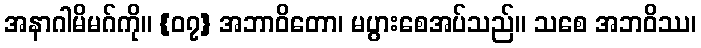
အနာဂါမိမဂ်ကို။ {၀၇} အဘာဝိတော၊ မပွားစေအပ်သည်။ သစေ အဘဝိဿ၊